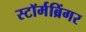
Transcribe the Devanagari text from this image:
स्टॉर्मब्रिंगर